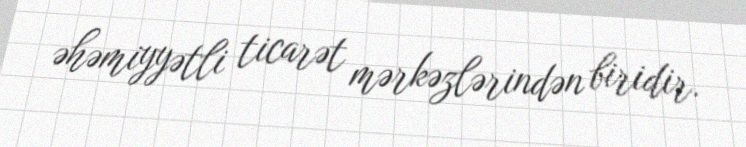
əhəmiyyətli ticarət mərkəzlərindən biridir.